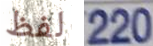
لفظ 220